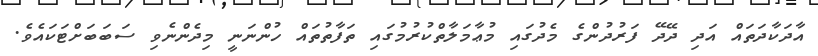
އާދަކާދަތައް އަދި ދޭދޭ ފަރުދުންގެ މެދުގައި މުޢާމަލާތްކުރުމުގައި ތަފާތުތައް ހުންނަނީ މިދެންނެވި ސަބަބަށްޓަކައެވެ.